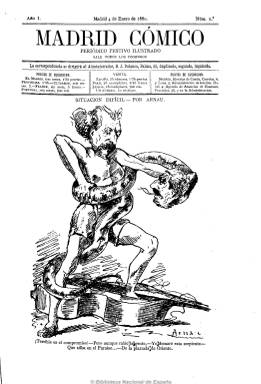
Título: Madrid cómico
Colección: Revistas satíricas y humorísticas
Ámbito geográfico: Madrid
Lugar de publicación: Madrid
Fechas: 04/01/1880-29/12/1923

Fundado en 1880 por Miguel Casañ y vendido después a Sinesio Delgado, que creó la Sociedad de Autores, es una revista antimodernista de carácter alegre y festivo, de humor castizo, en la que la política apenas está representada. El texto ocupa todavía más lugar que las ilustraciones. En ella colaboraron escritores como Vital Aza o Clarín, encargado de la crítica literaria en su sección “Paliques”, a menudo despiadada. Entre los ilustradores se cuentan Ramón Cilla, Mecachis, Sileno y Demócrito, quien colaborará después en el republicano y anticlerical El Motín de forma mucho más exaltada.